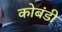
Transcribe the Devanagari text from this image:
कोबंडी